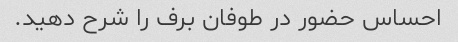
احساس حضور در طوفان برف را شرح دهید.